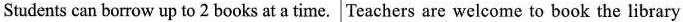
Students can borrow up to 2 books at a time. Teachers are welcome to book the library